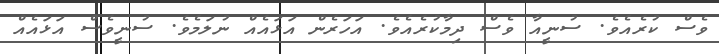
ވެސް ކުރެއެވެ. ސުނީއާ ވެސް ދިމާކުރެއެވެ. އަހަރެން އަޅައެއް ނުލަމެވެ. ސުނީވެސް އަޅައެއް